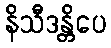
နိသီဒန္တိပေ